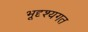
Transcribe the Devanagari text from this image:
भूदृश्यगत